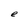
Character: e